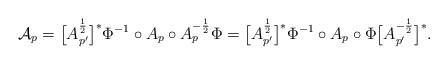
LaTeX: \begin{align*}\mathcal{A}_{p}= \big[A^{\frac{1}{2}}_{p'} \big]^* \Phi^{-1} \circ A_{p} \circ A^{-\frac{1}{2}}_{p} \Phi = \big[A^{\frac{1}{2}}_{p'} \big]^* \Phi^{-1} \circ A_{p} \circ \Phi \big[A^{-\frac{1}{2}}_{p'} \big]^*.\end{align*}